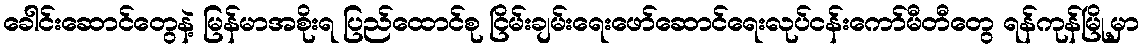
ခေါင်းဆောင်တွေနဲ့ မြန်မာအစိုးရ ပြည်ထောင်စု ငြိမ်းချမ်းရေးဖော်ဆောင်ရေးလုပ်ငန်းကော်မီတီတွေ ရန်ကုန်မြို့မှာ